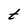
Character: t